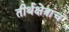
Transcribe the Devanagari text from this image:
तीर्थक्षेत्रांचं